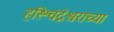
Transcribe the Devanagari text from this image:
हरिश्चंद्रेश्वराच्या